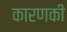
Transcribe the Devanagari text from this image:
कारणकी